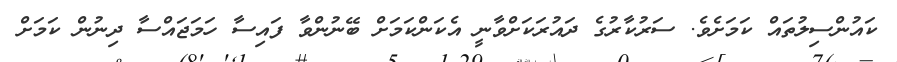
ކައުންސިލުތައް ކަމަށެވެ. ސަރުކާރުގެ ދައުރަކަށްވާނީ އެކަންކަމަށް ބޭނުންވާ ފައިސާ ހަމަޖައްސާ ދިނުން ކަމަށް